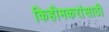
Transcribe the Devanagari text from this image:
किहीमकरांसाठी